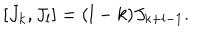
LaTeX: [ J _ { k } , J _ { l } ] = ( l - k ) J _ { k + l - 1 } .